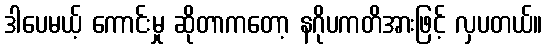
ဒါပေမယ့် ကောင်းမှု ဆိုတာကတော့ နဂိုပကတိအားဖြင့် လှပတယ်။